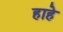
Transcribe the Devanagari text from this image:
हाहे